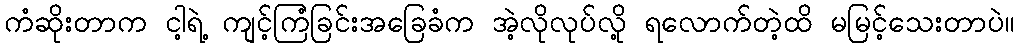
ကံဆိုးတာက ငါ့ရဲ့ ကျင့်ကြံခြင်းအခြေခံက အဲ့လိုလုပ်လို့ ရလောက်တဲ့ထိ မမြင့်သေးတာပဲ။